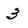
Character: 3